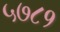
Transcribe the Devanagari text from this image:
५७८१